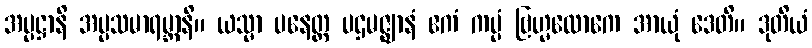
အပ္ပဋ္ဌာနိ အပ္ပသမာရမ္ဘာနိ။ ယသ္မာ ပနေတ္ထ ပဌမဇ္ဈာနံ ဧကံ ကပ္ပံ ဗြဟ္မလောကေ အာယုံ ဒေတိ။ ဒုတိယံ